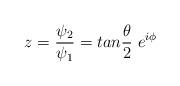
LaTeX: \begin{align*}z= \frac{\psi_2}{\psi_1} = tan \frac{\theta}{2}~e^{i\phi}\end{align*}